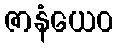
ဇာနံယေဝ